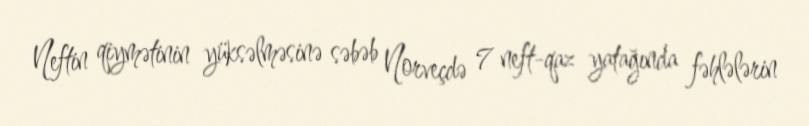
Neftin qiymətinin yüksəlməsinə səbəb Norveçdə 7 neft-qaz yatağında fəhlələrin